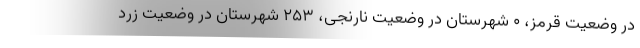
در وضعیت قرمز، ۰ شهرستان در وضعیت نارنجی، ۲۵۳ شهرستان در وضعیت زرد